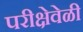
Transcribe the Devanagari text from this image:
परीक्षेवेळी